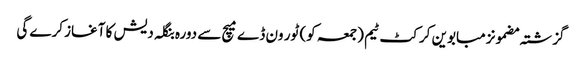
گزشتہ مضمونزمبابوین کرکٹ ٹیم (جمعہ کو) ٹور ون ڈے میچ سے دورہ بنگلہ دیش کا آغاز کرے گی